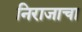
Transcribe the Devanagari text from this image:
निराजाचा